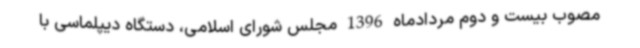
مصوب بیست و دوم مردادماه 1396 مجلس شورای اسلامی، دستگاه دیپلماسی با